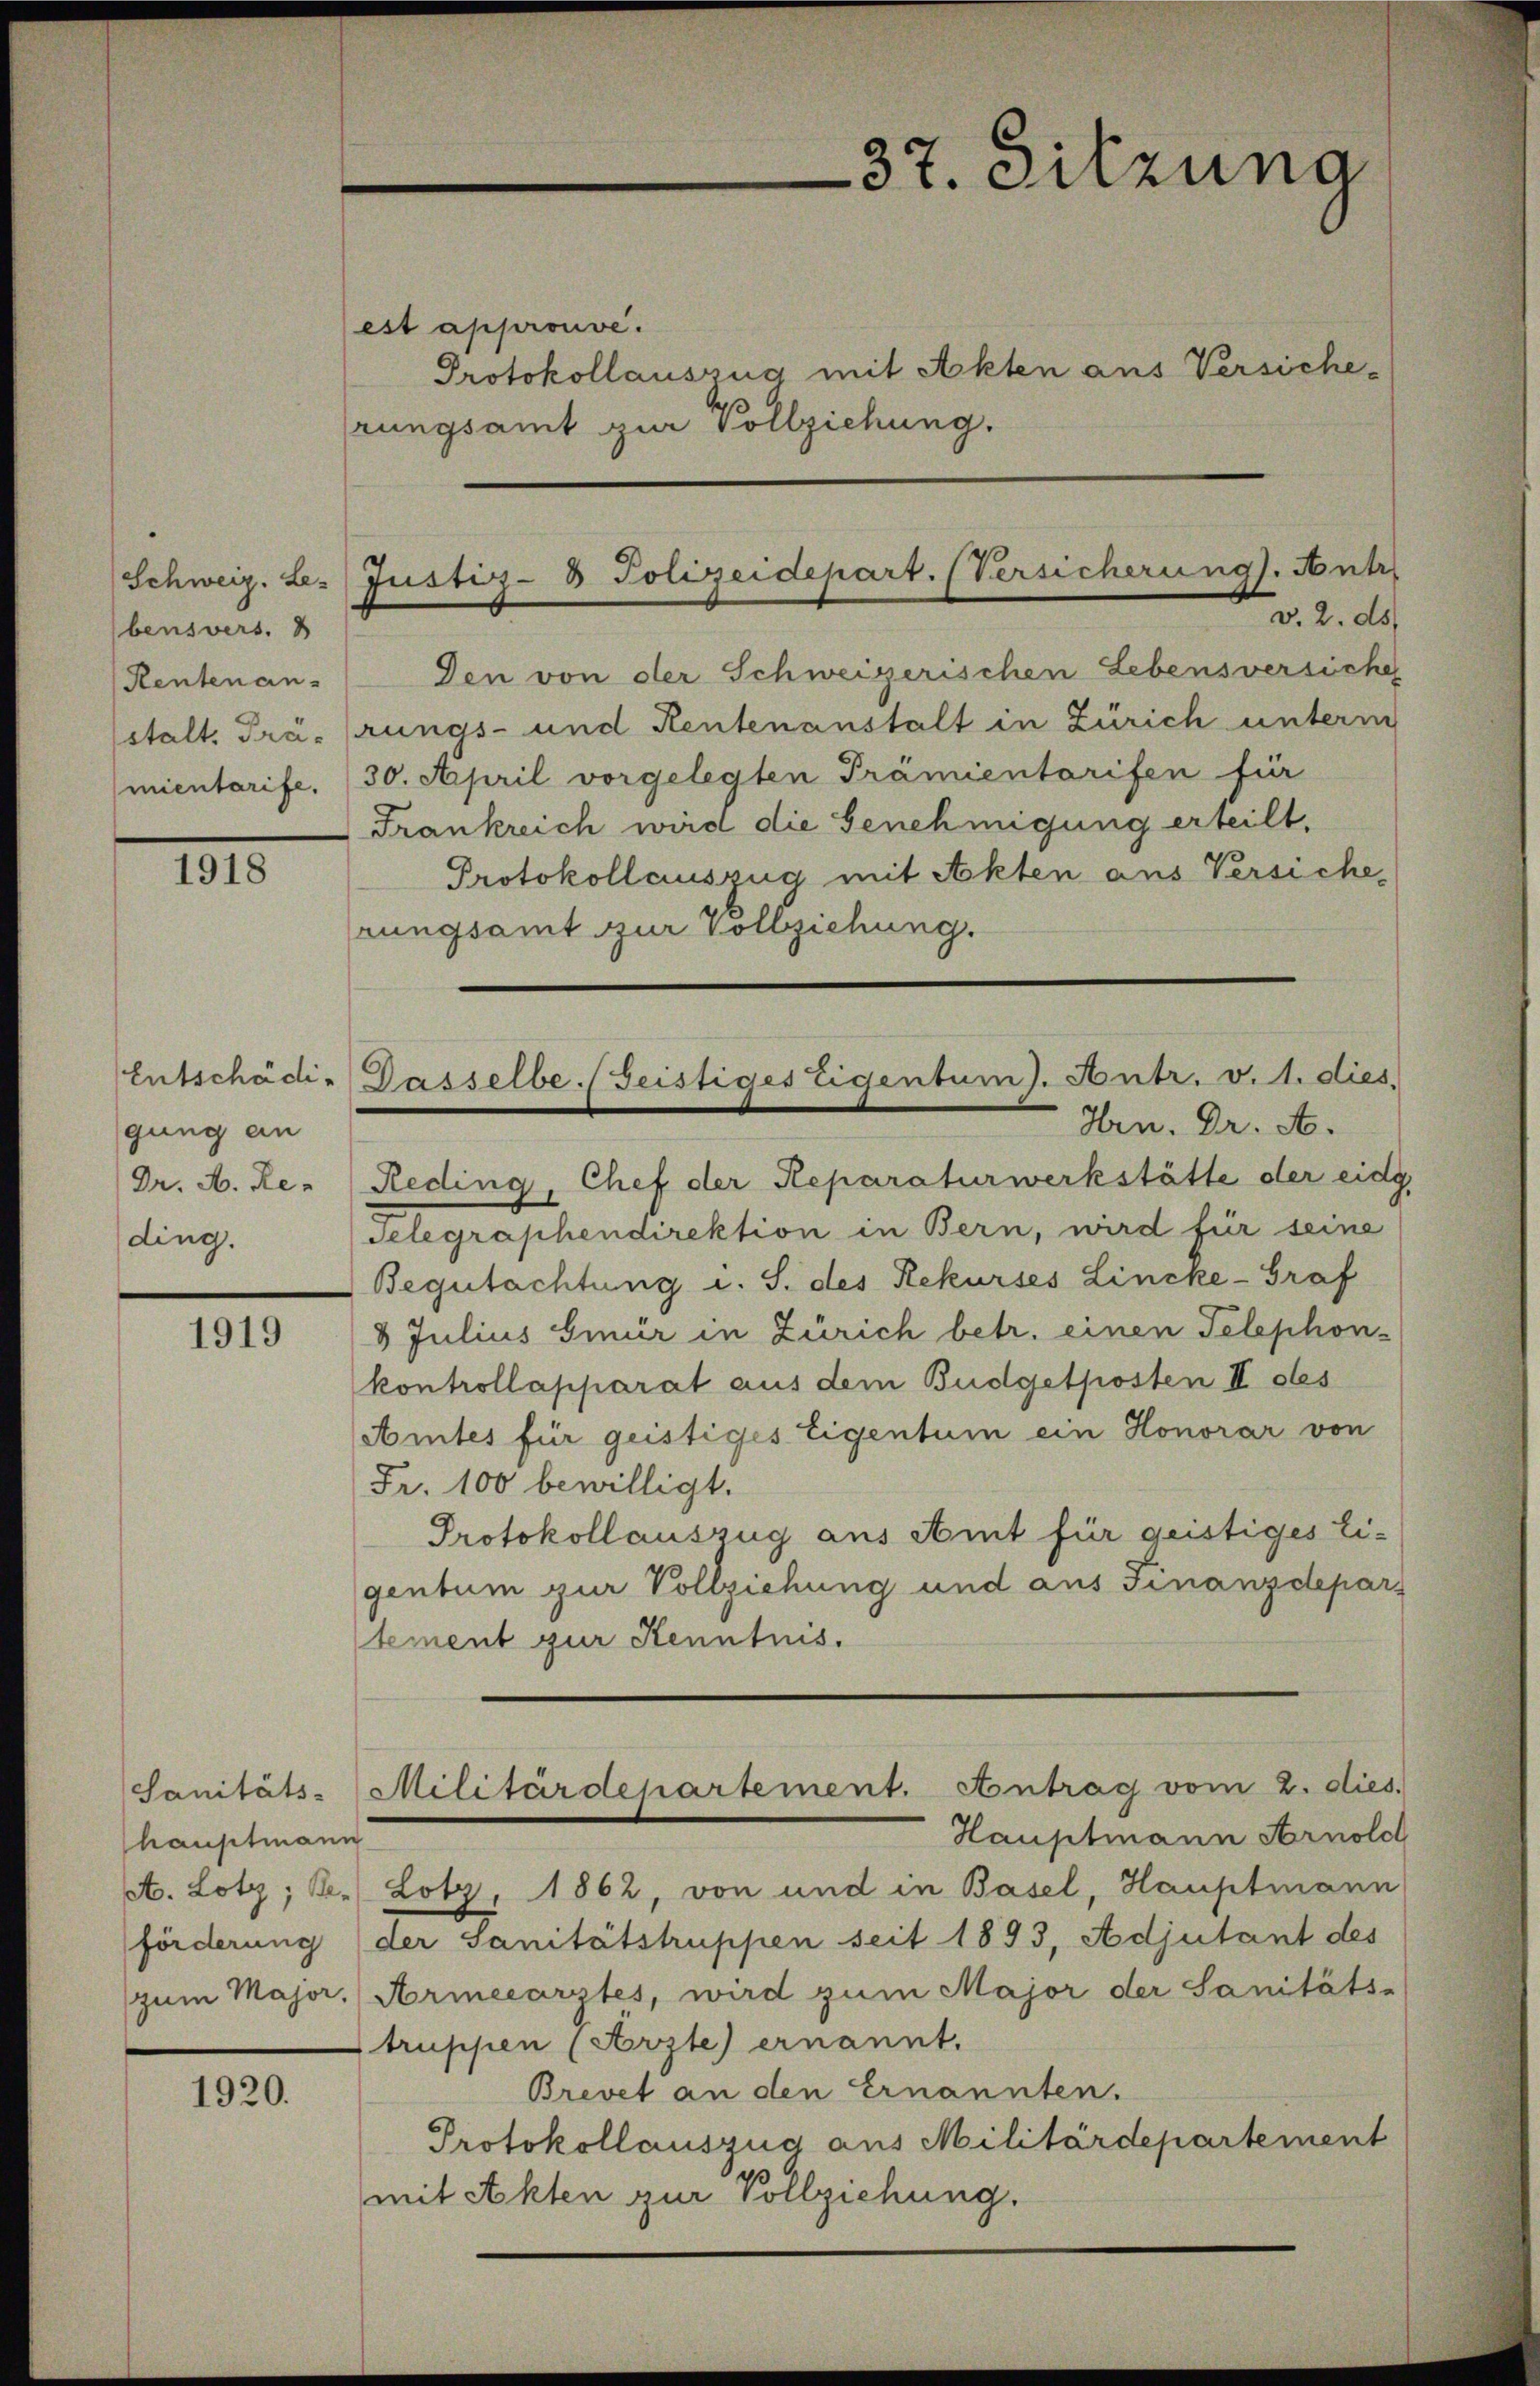
Schweiz. Le-
bensvers. 3
Rentenan-
stalt. Prämientarife.

1918

Entschädigung an
ding.

1919

Sanitäts-
hauptmann
förderung
zum Major.

1920.

Justiz- & Polizeidepart. (Versicherung. Antr
v. 2. ds.

est approuve.
Protokollauszug mit Akten aus Versiche-
rungsamt zur Vollziehung.
Den von der Schweizerischen Lebensversiche
rungs- und Rentenanstalt in Zürich unterm
30. April vorgelegten Prämientarifen für
Frankreich wird die Genehmigung erteilt.
Protokollauszug mit Akten aus Versiche
rungsamt zur Vollziehung.
Dr. A. Re- (Reding, Chef der Reparaturwerkstätte der eidg.
delegraphendirektion in Bern, wird für seine
Begutachtung i. S. des Rekurses Lincke-Graf
8 Julius Gmür in Zürich betr. einen Telephon-
kontrollapparat aus dem Budgetposten II des
Amtes für geistiges Eigentum ein Honorar von
Fr. 100 bewilligt.
Protokollauszug aus Amt für geistiges Ei-
gentum zur Vollziehung und aus Finanzdepar
tement zur Kenntnis.
Militärdepartement. Antrag vom 2. dies.
Hauptmann Arnolol
A. Lotz; K. Lotz, 1862, von und in Basel, Hauptmann
der Sanitätstruppen seit 1893, Adjutant des
Armeearztes, wird zum Major der Sanitäts-
Struppen (Arzte) ernannt.
Brevet an den Ernannten.
Protokollauszug aus Militärdepartement
mit Akten zur Vollziehung.

37. Sitzung

Dasselbe Geistiges Eigentum). Antr. v. 1. dies
Hrn. Dr. A.